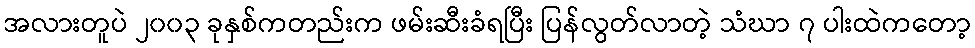
အလားတူပဲ ၂၀၀၃ ခုနှစ်ကတည်းက ဖမ်းဆီးခံရပြီး ပြန်လွတ်လာတဲ့ သံဃာ ၇ ပါးထဲကတော့